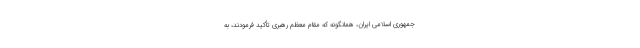
جمهوری اسلامی ایران، همانگونه که مقام معظم رهبری تأکید فرمودند، به